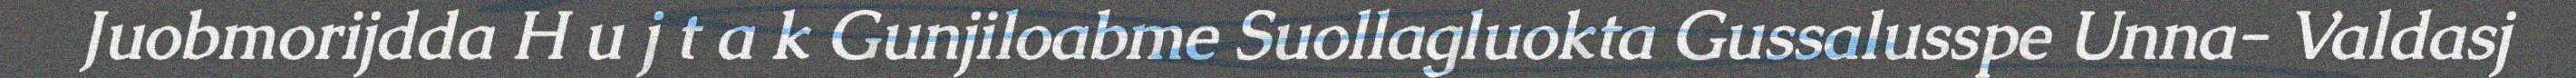
Juobmorijdda H u j t a k Gunjiloabme Suollagluokta Gussalusspe Unna- Valdasj